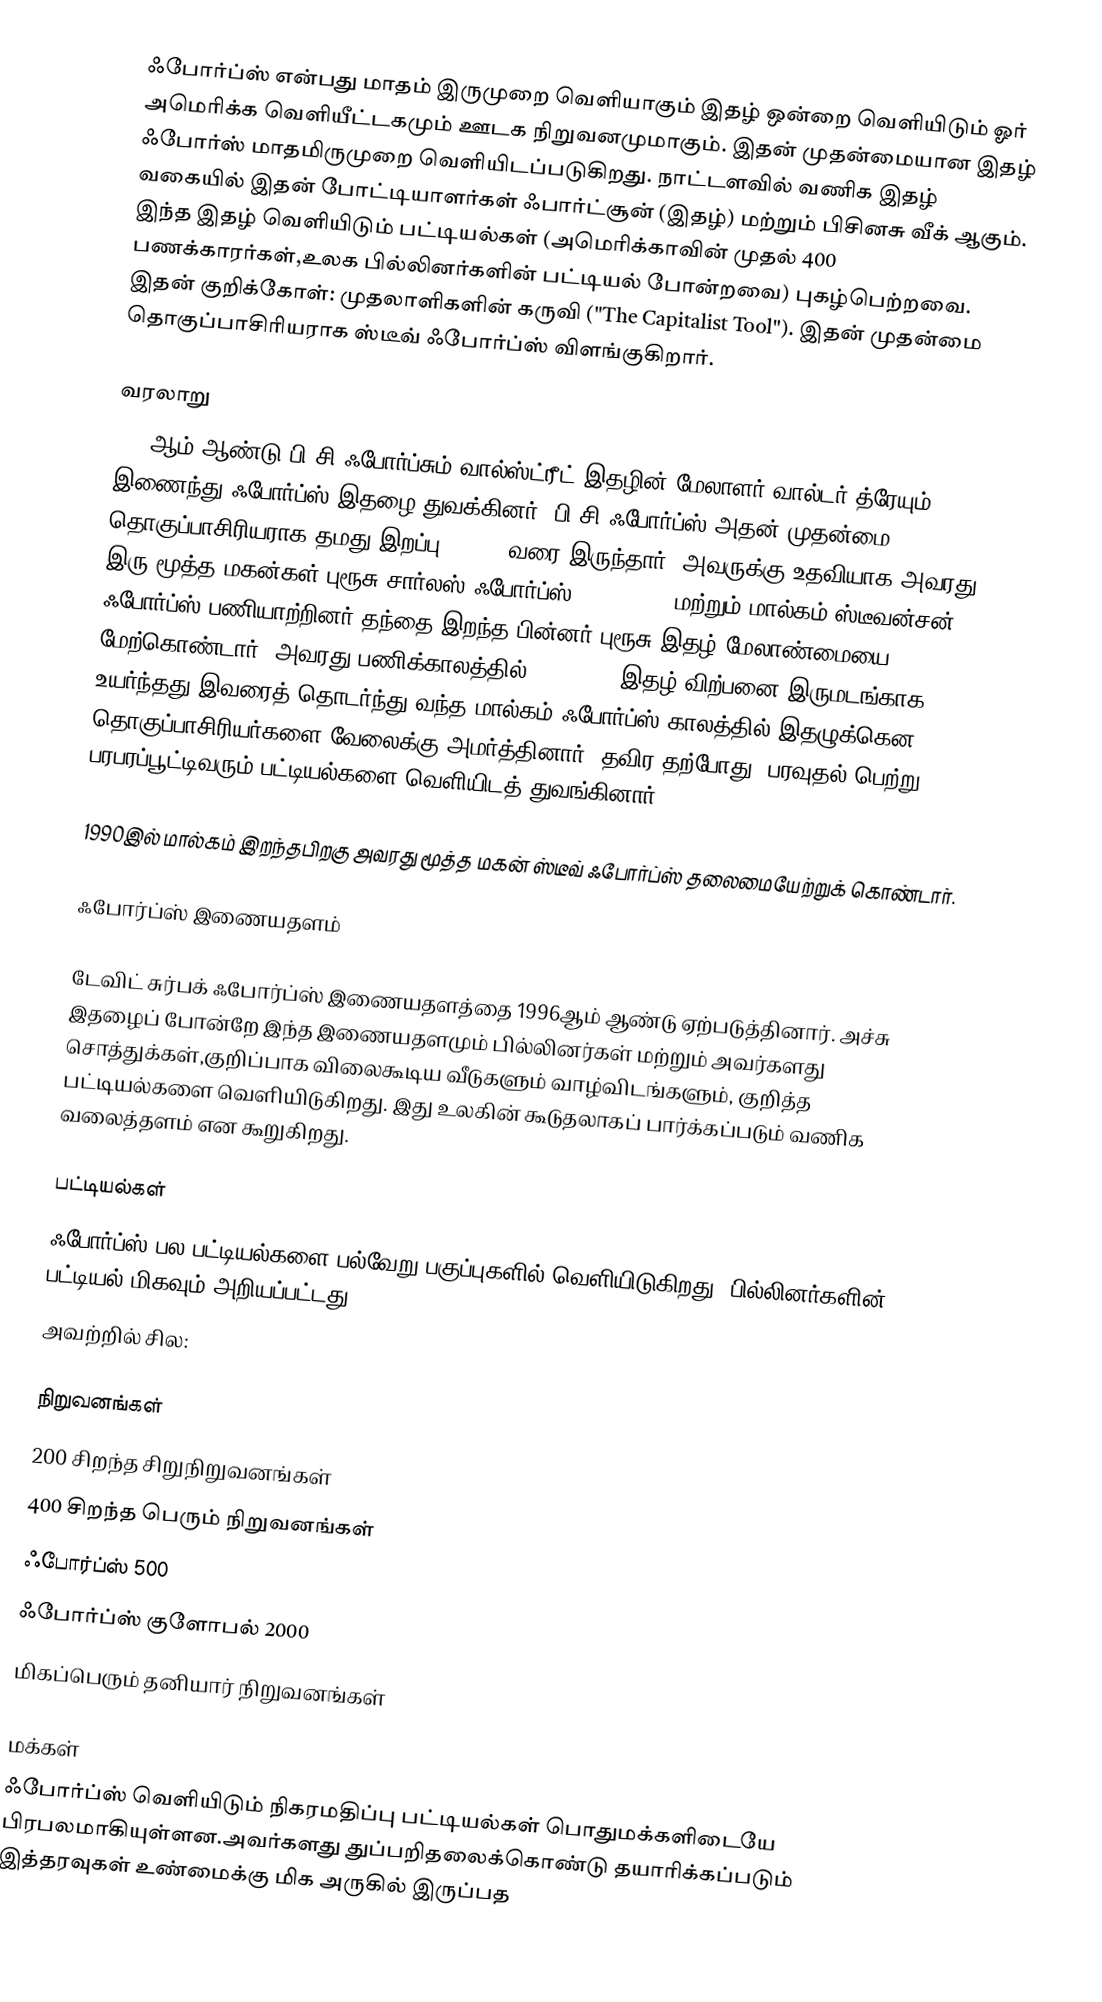
ஃபோர்ப்ஸ் என்பது மாதம் இருமுறை வெளியாகும் இதழ் ஒன்றை வெளியிடும் ஓர் அமெரிக்க வெளியீட்டகமும் ஊடக நிறுவனமுமாகும். இதன் முதன்மையான இதழ் ஃபோர்ஸ் மாதமிருமுறை வெளியிடப்படுகிறது. நாட்டளவில் வணிக இதழ் வகையில் இதன் போட்டியாளர்கள் ஃபார்ட்சூன் (இதழ்) மற்றும் பிசினசு வீக் ஆகும். இந்த இதழ் வெளியிடும் பட்டியல்கள் (அமெரிக்காவின் முதல் 400 பணக்காரர்கள்,உலக பில்லினர்களின் பட்டியல் போன்றவை) புகழ்பெற்றவை. இதன் குறிக்கோள்: முதலாளிகளின் கருவி  ("The Capitalist Tool"). இதன் முதன்மை தொகுப்பாசிரியராக ஸ்டீவ் ஃபோர்ப்ஸ் விளங்குகிறார்.

வரலாறு
1917ஆம் ஆண்டு பி.சி.ஃபோர்ப்சும் வால்ஸ்ட்ரீட் இதழின் மேலாளர் வால்டர் த்ரேயும் இணைந்து ஃபோர்ப்ஸ் இதழை துவக்கினர். பி.சி.ஃபோர்ப்ஸ் அதன் முதன்மை தொகுப்பாசிரியராக தமது இறப்பு (1954) வரை இருந்தார். அவருக்கு உதவியாக அவரது இரு மூத்த மகன்கள் புரூசு சார்லஸ் ஃபோர்ப்ஸ்(1916–1964) மற்றும் மால்கம் ஸ்டீவன்சன் ஃபோர்ப்ஸ் பணியாற்றினர்.தந்தை இறந்த பின்னர் புரூசு இதழ் மேலாண்மையை மேற்கொண்டார். அவரது பணிக்காலத்தில்,1954-1964 இதழ் விற்பனை இருமடங்காக உயர்ந்தது.இவரைத் தொடர்ந்து வந்த மால்கம் ஃபோர்ப்ஸ் காலத்தில் இதழுக்கென தொகுப்பாசிரியர்களை வேலைக்கு அமர்த்தினார். தவிர தற்போது (பரவுதல் பெற்று) பரபரப்பூட்டிவரும் பட்டியல்களை வெளியிடத் துவங்கினார்.

1990இல் மால்கம் இறந்தபிறகு அவரது மூத்த மகன் ஸ்டீவ் ஃபோர்ப்ஸ் தலைமையேற்றுக் கொண்டார்.

ஃபோர்ப்ஸ் இணையதளம்

டேவிட் சுர்பக் ஃபோர்ப்ஸ் இணையதளத்தை 1996ஆம் ஆண்டு ஏற்படுத்தினார். அச்சு இதழைப் போன்றே இந்த இணையதளமும் பில்லினர்கள் மற்றும் அவர்களது சொத்துக்கள்,குறிப்பாக விலைகூடிய வீடுகளும் வாழ்விடங்களும், குறித்த பட்டியல்களை வெளியிடுகிறது.  இது உலகின் கூடுதலாகப் பார்க்கப்படும் வணிக வலைத்தளம் என கூறுகிறது.

பட்டியல்கள்
ஃபோர்ப்ஸ் பல பட்டியல்களை,பல்வேறு பகுப்புகளில் வெளியிடுகிறது. பில்லினர்களின் பட்டியல் மிகவும் அறியப்பட்டது.
அவற்றில் சில:

நிறுவனங்கள்
 200 சிறந்த சிறுநிறுவனங்கள்
 400 சிறந்த பெரும் நிறுவனங்கள்
 ஃபோர்ப்ஸ் 500
 ஃபோர்ப்ஸ் குளோபல் 2000
 மிகப்பெரும் தனியார் நிறுவனங்கள்

மக்கள்
ஃபோர்ப்ஸ் வெளியிடும் நிகரமதிப்பு பட்டியல்கள் பொதுமக்களிடையே பிரபலமாகியுள்ளன.அவர்களது துப்பறிதலைக்கொண்டு தயாரிக்கப்படும் இத்தரவுகள் உண்மைக்கு மிக அருகில் இருப்பத